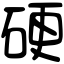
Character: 硬